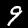
Label: 9